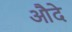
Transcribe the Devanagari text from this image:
औदे